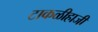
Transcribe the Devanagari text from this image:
टाकळीहाजी